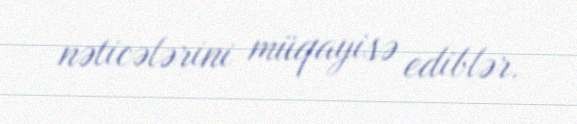
nəticələrini müqayisə ediblər.